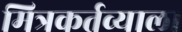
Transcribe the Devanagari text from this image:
मित्रकर्तव्याला